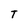
Character: T